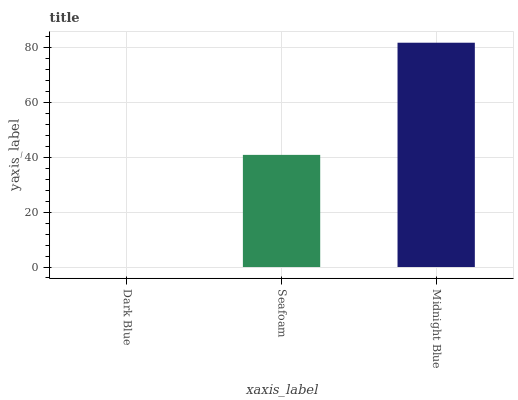
| xaxis_label | bars |
 | --- | --- |
 | Dark Blue | 0 |
 | Seafoam | 40.9 |
 | Midnight Blue | 81.9 |